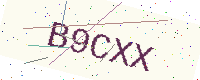
Text: B9CXX